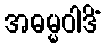
အဓမ္မဝါဒိံ